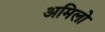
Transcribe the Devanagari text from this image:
अमिलो